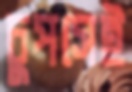
চুপসেই